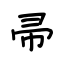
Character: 帚